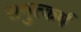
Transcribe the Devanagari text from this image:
समुत्कर्ष